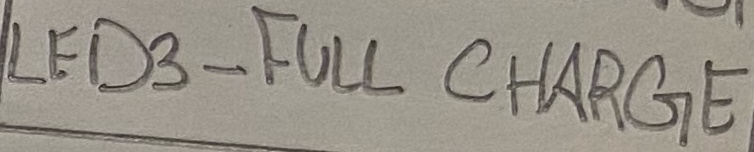
Text: LED3 - FULL CHARGE